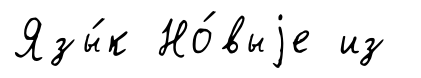
Язы́к Но́выjе из